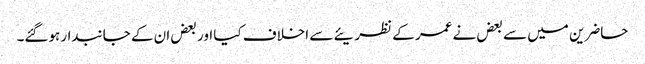
حاضرین میں سے بعض نے عمر کے نظریئے سے اخلاف کیا اور بعض ان کے جانبدار ہوگئے۔